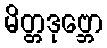
မိတ္တဒုဗ္ဘော